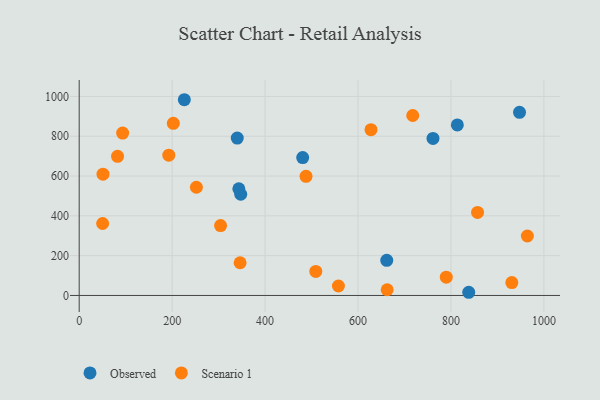
{"axis": {"x": "Ad Spend", "y": "Rating"}, "legend": ["Observed", "Scenario 1"], "data": [{"x": "340.1", "y": 790.9, "type": "Observed"}, {"x": "347.6", "y": 508.7, "type": "Observed"}, {"x": "761.3", "y": 789.3, "type": "Observed"}, {"x": "947.5", "y": 920.5, "type": "Observed"}, {"x": "343.5", "y": 536.0, "type": "Observed"}, {"x": "838.2", "y": 16.0, "type": "Observed"}, {"x": "226.2", "y": 983.6, "type": "Observed"}, {"x": "813.7", "y": 857.2, "type": "Observed"}, {"x": "661.8", "y": 176.5, "type": "Observed"}, {"x": "480.9", "y": 692.7, "type": "Observed"}, {"x": "717.7", "y": 904.3, "type": "Scenario 1"}, {"x": "50.4", "y": 361.7, "type": "Scenario 1"}, {"x": "346.2", "y": 164.3, "type": "Scenario 1"}, {"x": "509.1", "y": 120.8, "type": "Scenario 1"}, {"x": "930.9", "y": 64.5, "type": "Scenario 1"}, {"x": "192.8", "y": 704.9, "type": "Scenario 1"}, {"x": "304.2", "y": 351.3, "type": "Scenario 1"}, {"x": "627.9", "y": 833.2, "type": "Scenario 1"}, {"x": "252.2", "y": 543.8, "type": "Scenario 1"}, {"x": "93.5", "y": 816.2, "type": "Scenario 1"}, {"x": "202.5", "y": 865.2, "type": "Scenario 1"}, {"x": "964.4", "y": 298.8, "type": "Scenario 1"}, {"x": "857.2", "y": 417.2, "type": "Scenario 1"}, {"x": "51.2", "y": 609.7, "type": "Scenario 1"}, {"x": "662.7", "y": 28.6, "type": "Scenario 1"}, {"x": "488.1", "y": 598.9, "type": "Scenario 1"}, {"x": "557.8", "y": 47.5, "type": "Scenario 1"}, {"x": "82.5", "y": 699.3, "type": "Scenario 1"}, {"x": "789.9", "y": 92.1, "type": "Scenario 1"}]}